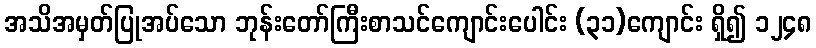
အသိအမှတ်ပြုအပ်သော ဘုန်းတော်ကြီးစာသင်ကျောင်းပေါင်း (၃၁)ကျောင်း ရှိ၍ ၁၂၄၈